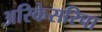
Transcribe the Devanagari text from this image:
अरिकेसरिचा